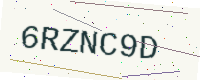
Text: 6RZNC9D